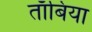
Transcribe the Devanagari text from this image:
ताँबिया